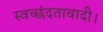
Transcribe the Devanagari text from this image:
स्वच्छंदतावादी।